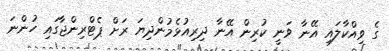
ގެ ވިއްކާލައި އޭނާ ވަނީ ކުރިން އޭނާ ދިރިއުޅެމުންދިޔަ ރަށް ޕެޓްރިންޖާގައި ހުންނަ